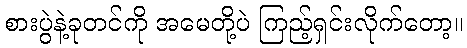
စားပွဲနဲ့ခုတင်ကို အမေတို့ပဲ ကြည့်ရှင်းလိုက်တော့။